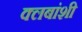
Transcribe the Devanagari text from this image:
क्लबांशी